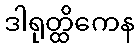
ဒါရုတ္ထိကေန